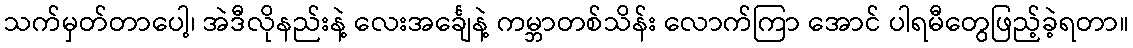
သက်မှတ်တာပေါ့၊ အဲဒီလိုနည်းနဲ့ လေးအင်္ချေနဲ့ ကမ္ဘာတစ်သိန်း လောက်ကြာ အောင် ပါရမီတွေဖြည့်ခဲ့ရတာ။